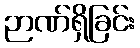
ဉာဏ်ရှိခြင်း